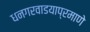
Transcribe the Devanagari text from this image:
धनगरवाडयाप्रमाणे